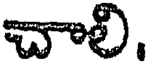
చాలి.